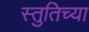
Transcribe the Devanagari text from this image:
स्तुतिच्या